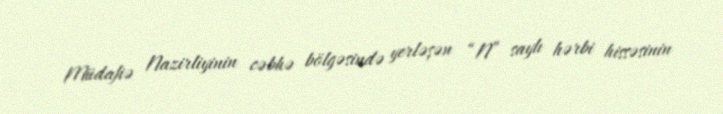
Müdafiə Nazirliyinin cəbhə bölgəsində yerləşən “N” saylı hərbi hissəsinin